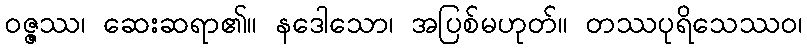
ဝဇ္ဇဿ၊ ဆေးဆရာ၏။ နဒေါသော၊ အပြစ်မဟုတ်။ တဿပုရိသေဿဝ၊